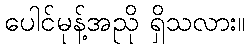
ပေါင်မုန့်အညို ရှိသလား။